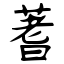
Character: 蓍